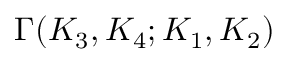
\Gamma ( K _ { 3 } , K _ { 4 } ; K _ { 1 } , K _ { 2 } )